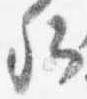
卿